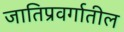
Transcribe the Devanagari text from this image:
जातिप्रवर्गातील